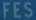
FES